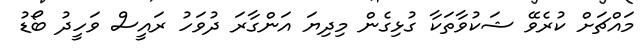
މައްޗަށް ކުރެވޭ ޝަކުވާތަކާ ގުޅިގެން މިދިޔަ އަންގާރަ ދުވަހު ރައީސް ވަހީދު ބޯޑު